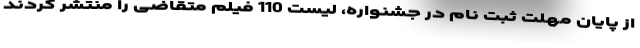
از پایان مهلت ثبت نام در جشنواره، لیست 110 فیلم متقاضی را منتشر کردند